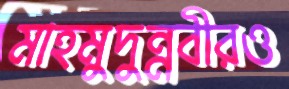
মাহমুদুন্নবীরও